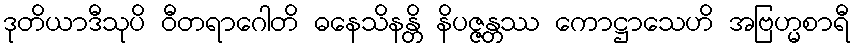
ဒုတိယာဒီသုပိ ဝီတရာဂေါတိ ဓနေသိနန္တိ နိပဇ္ဇန္တဿ ကောဋ္ဌာသေဟိ အဗြဟ္မစာရီ